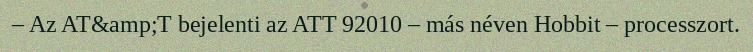
– Az AT&amp;T bejelenti az ATT 92010 – más néven Hobbit – processzort.